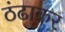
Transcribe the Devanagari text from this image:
ठंढाकर